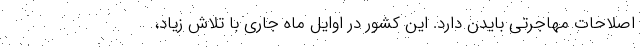
اصلاحات مهاجرتی بایدن دارد. این کشور در اوایل ماه جاری با تلاش زیاد،